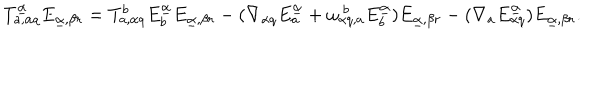
T _ { a , \alpha q } ^ { \underline { { \alpha } } } E _ { \underline { { \alpha } } , \beta r } = T _ { a , \alpha q } ^ { b } E _ { b } ^ { \underline { { \alpha } } } E _ { \underline { { \alpha } } , \beta r } - ( \nabla _ { \alpha q } E _ { a } ^ { \underline { { \alpha } } } + \omega _ { \alpha q , a } ^ { ~ b } E _ { b } ^ { \underline { { \alpha } } } ) E _ { \underline { { \alpha } } , \beta r } - ( \nabla _ { a } E _ { \alpha q } ^ { \underline { { \alpha } } } ) E _ { \underline { { \alpha } } , \beta r } .